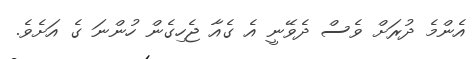
އެންމެ ދުރަށް ވެސް ދެވޭނީ އެ ގެއާ ޖެހިގެން ހުންނަ ގެ އަށެވެ.